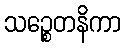
သဉ္စေတနိကာ